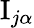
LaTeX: \mathrm{I}_{j\alpha}